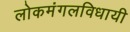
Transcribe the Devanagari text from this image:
लोकमंगलविधायी